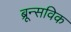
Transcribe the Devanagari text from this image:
ब्रून्सविक